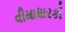
વીમાધારકો